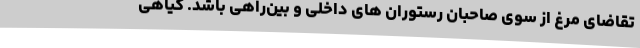
تقاضای مرغ از سوی صاحبان رستوران های داخلی و بین‌راهی باشد. گیاهی